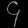
Digit: ၄